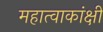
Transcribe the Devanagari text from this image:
महात्वाकांक्षी